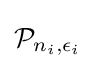
{\mathcal {P}}_{n_{i},\epsilon _{i}}